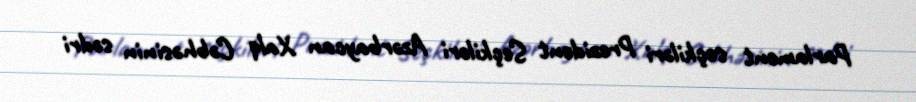
Parlament seçkiləri Prezident Seçkiləri Azərbaycan Xalq Cəbhəsinin sədri